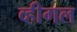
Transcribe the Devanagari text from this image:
व्हीगल